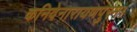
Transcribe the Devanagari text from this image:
कनिवेनारायणपुरम।